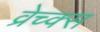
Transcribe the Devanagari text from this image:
व्रेच्क्स